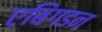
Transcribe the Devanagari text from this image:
एबिंगडन